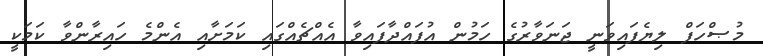
މުޞްހަފް ލިޔެފައިވަނީ ޖަނަވާރުގެ ހަމުން އުފައްދާފައިވާ އެއްޗެއްގައި ކަމަށާއި އެންމެ ހައިރާންވާ ކަމަކީ